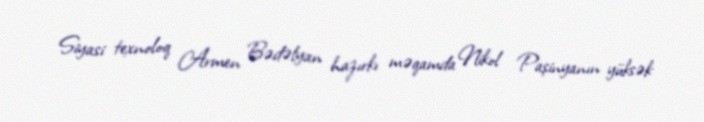
Siyasi texnoloq Armen Bədəlyan hazırkı məqamda Nikol Paşinyanın yüksək